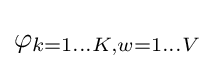
\varphi _{k=1\dots K,w=1\dots V}